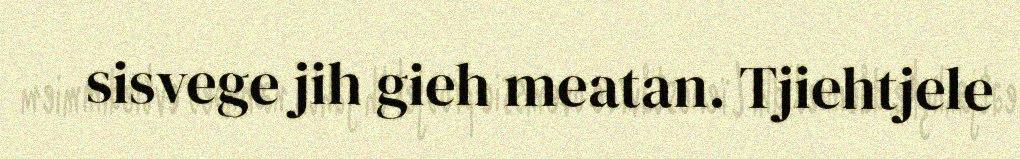
sisvege jih gieh meatan. Tjiehtjele